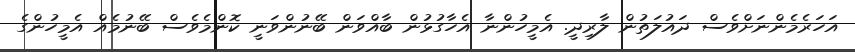
އަހަރެމެންނަށްވެސް ދައުލަތުން ލާރިދީ. އެމީހުންނާ އެހާގުޅުން ބާއްވަން ބޭނުންވަނީ ކޮންމެވެސް ބޭނުމެއް އެމީހުންގެ